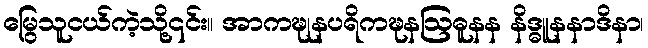
မြွေသူငယ်ကဲ့သို့၎င်း။ အာကဍ္ဎုနပရိကဍ္ဎနဩဓူနန နိဒ္ဓူနနာဒိနာ၊